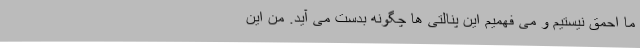
ما احمق نیستیم و می‌ فهمیم این پنالتی‌ ها چگونه بدست می‌ آید. من این